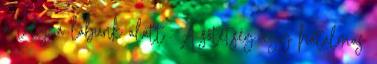
a talaj a lábunk alatt”. A sötétség egy hatalmas